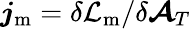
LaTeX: \boldsymbol{j}_{\mathrm{m}}=\delta\mathcal{L}_{\mathrm{m}}/\delta\boldsymbol{\mathcal{A}}_{T}